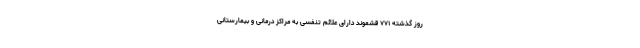
روز گذشته ۷۷۱ قشموند دارای علائم تنفسی به مراکز درمانی و بیمارستانی